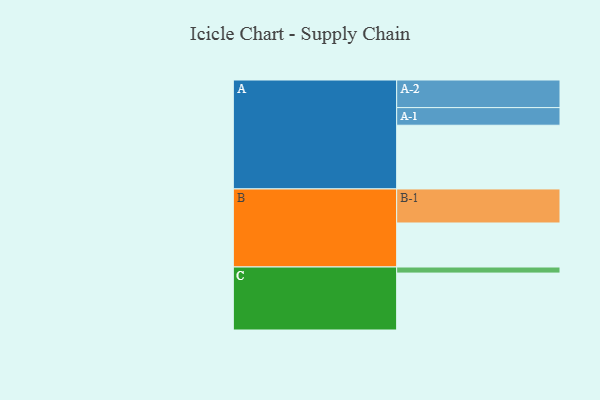
{"axis": {"x": "Segment", "y": "Value"}, "legend": ["", "A", "B", "C"], "data": [{"x": "A", "y": 524, "type": ""}, {"x": "B", "y": 362, "type": ""}, {"x": "C", "y": 468, "type": ""}, {"x": "A-1", "y": 145, "type": "A"}, {"x": "A-2", "y": 227, "type": "A"}, {"x": "B-1", "y": 280, "type": "B"}, {"x": "C-1", "y": 50, "type": "C"}]}